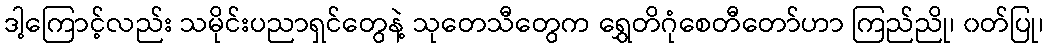
ဒါ့ကြောင့်လည်း သမိုင်းပညာရှင်တွေနဲ့ သုတေသီတွေက ရွှေတိဂုံစေတီတော်ဟာ ကြည်ညို၊ ၀တ်ပြု၊